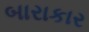
બારાકાર